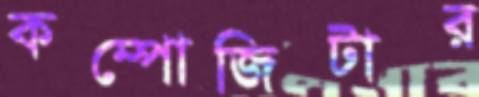
কম্পোজিটার